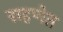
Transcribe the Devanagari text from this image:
राहणेत